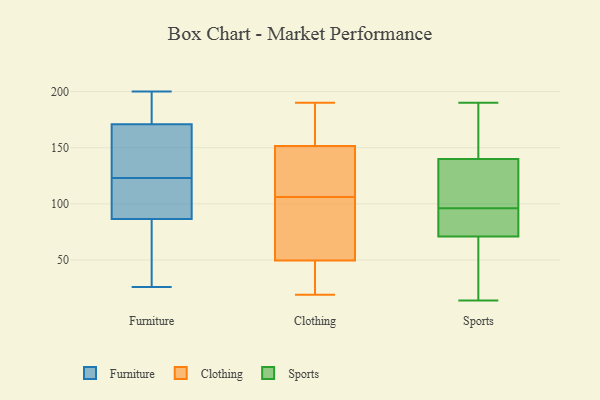
{"axis": {"x": "Market Share (%)", "y": "Value"}, "legend": ["Clothing", "Furniture", "Sports"], "data": [{"x": "", "y": 96, "type": "Furniture"}, {"x": "", "y": 189, "type": "Furniture"}, {"x": "", "y": 135, "type": "Furniture"}, {"x": "", "y": 147, "type": "Furniture"}, {"x": "", "y": 200, "type": "Furniture"}, {"x": "", "y": 111, "type": "Furniture"}, {"x": "", "y": 94, "type": "Furniture"}, {"x": "", "y": 111, "type": "Furniture"}, {"x": "", "y": 182, "type": "Furniture"}, {"x": "", "y": 191, "type": "Furniture"}, {"x": "", "y": 73, "type": "Furniture"}, {"x": "", "y": 158, "type": "Furniture"}, {"x": "", "y": 30, "type": "Furniture"}, {"x": "", "y": 160, "type": "Furniture"}, {"x": "", "y": 98, "type": "Furniture"}, {"x": "", "y": 185, "type": "Furniture"}, {"x": "", "y": 26, "type": "Furniture"}, {"x": "", "y": 79, "type": "Furniture"}, {"x": "", "y": 72, "type": "Furniture"}, {"x": "", "y": 159, "type": "Furniture"}, {"x": "", "y": 85, "type": "Clothing"}, {"x": "", "y": 142, "type": "Clothing"}, {"x": "", "y": 88, "type": "Clothing"}, {"x": "", "y": 42, "type": "Clothing"}, {"x": "", "y": 57, "type": "Clothing"}, {"x": "", "y": 171, "type": "Clothing"}, {"x": "", "y": 143, "type": "Clothing"}, {"x": "", "y": 160, "type": "Clothing"}, {"x": "", "y": 190, "type": "Clothing"}, {"x": "", "y": 19, "type": "Clothing"}, {"x": "", "y": 40, "type": "Clothing"}, {"x": "", "y": 124, "type": "Clothing"}, {"x": "", "y": 71, "type": "Sports"}, {"x": "", "y": 56, "type": "Sports"}, {"x": "", "y": 190, "type": "Sports"}, {"x": "", "y": 51, "type": "Sports"}, {"x": "", "y": 186, "type": "Sports"}, {"x": "", "y": 138, "type": "Sports"}, {"x": "", "y": 77, "type": "Sports"}, {"x": "", "y": 81, "type": "Sports"}, {"x": "", "y": 159, "type": "Sports"}, {"x": "", "y": 64, "type": "Sports"}, {"x": "", "y": 80, "type": "Sports"}, {"x": "", "y": 140, "type": "Sports"}, {"x": "", "y": 120, "type": "Sports"}, {"x": "", "y": 101, "type": "Sports"}, {"x": "", "y": 91, "type": "Sports"}, {"x": "", "y": 102, "type": "Sports"}, {"x": "", "y": 152, "type": "Sports"}, {"x": "", "y": 14, "type": "Sports"}]}